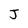
Character: J